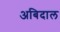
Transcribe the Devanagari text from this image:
अबिदाल